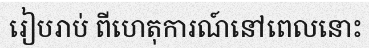
រៀបរាប់ ពីហេតុការណ៍នៅពេលនោះ